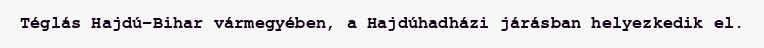
Téglás Hajdú-Bihar vármegyében, a Hajdúhadházi járásban helyezkedik el.